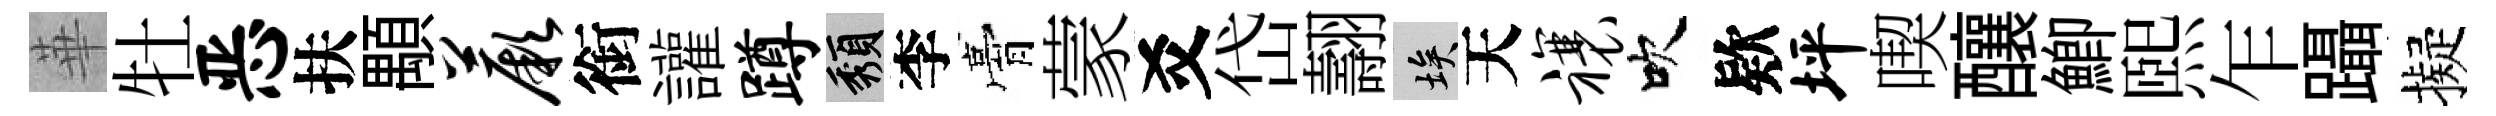
華牡恶扶顒蕨銜讙蹲頽李膏蒙爻岱翿埃天禳吹欵坪喫釀鯽熙乍躡擬